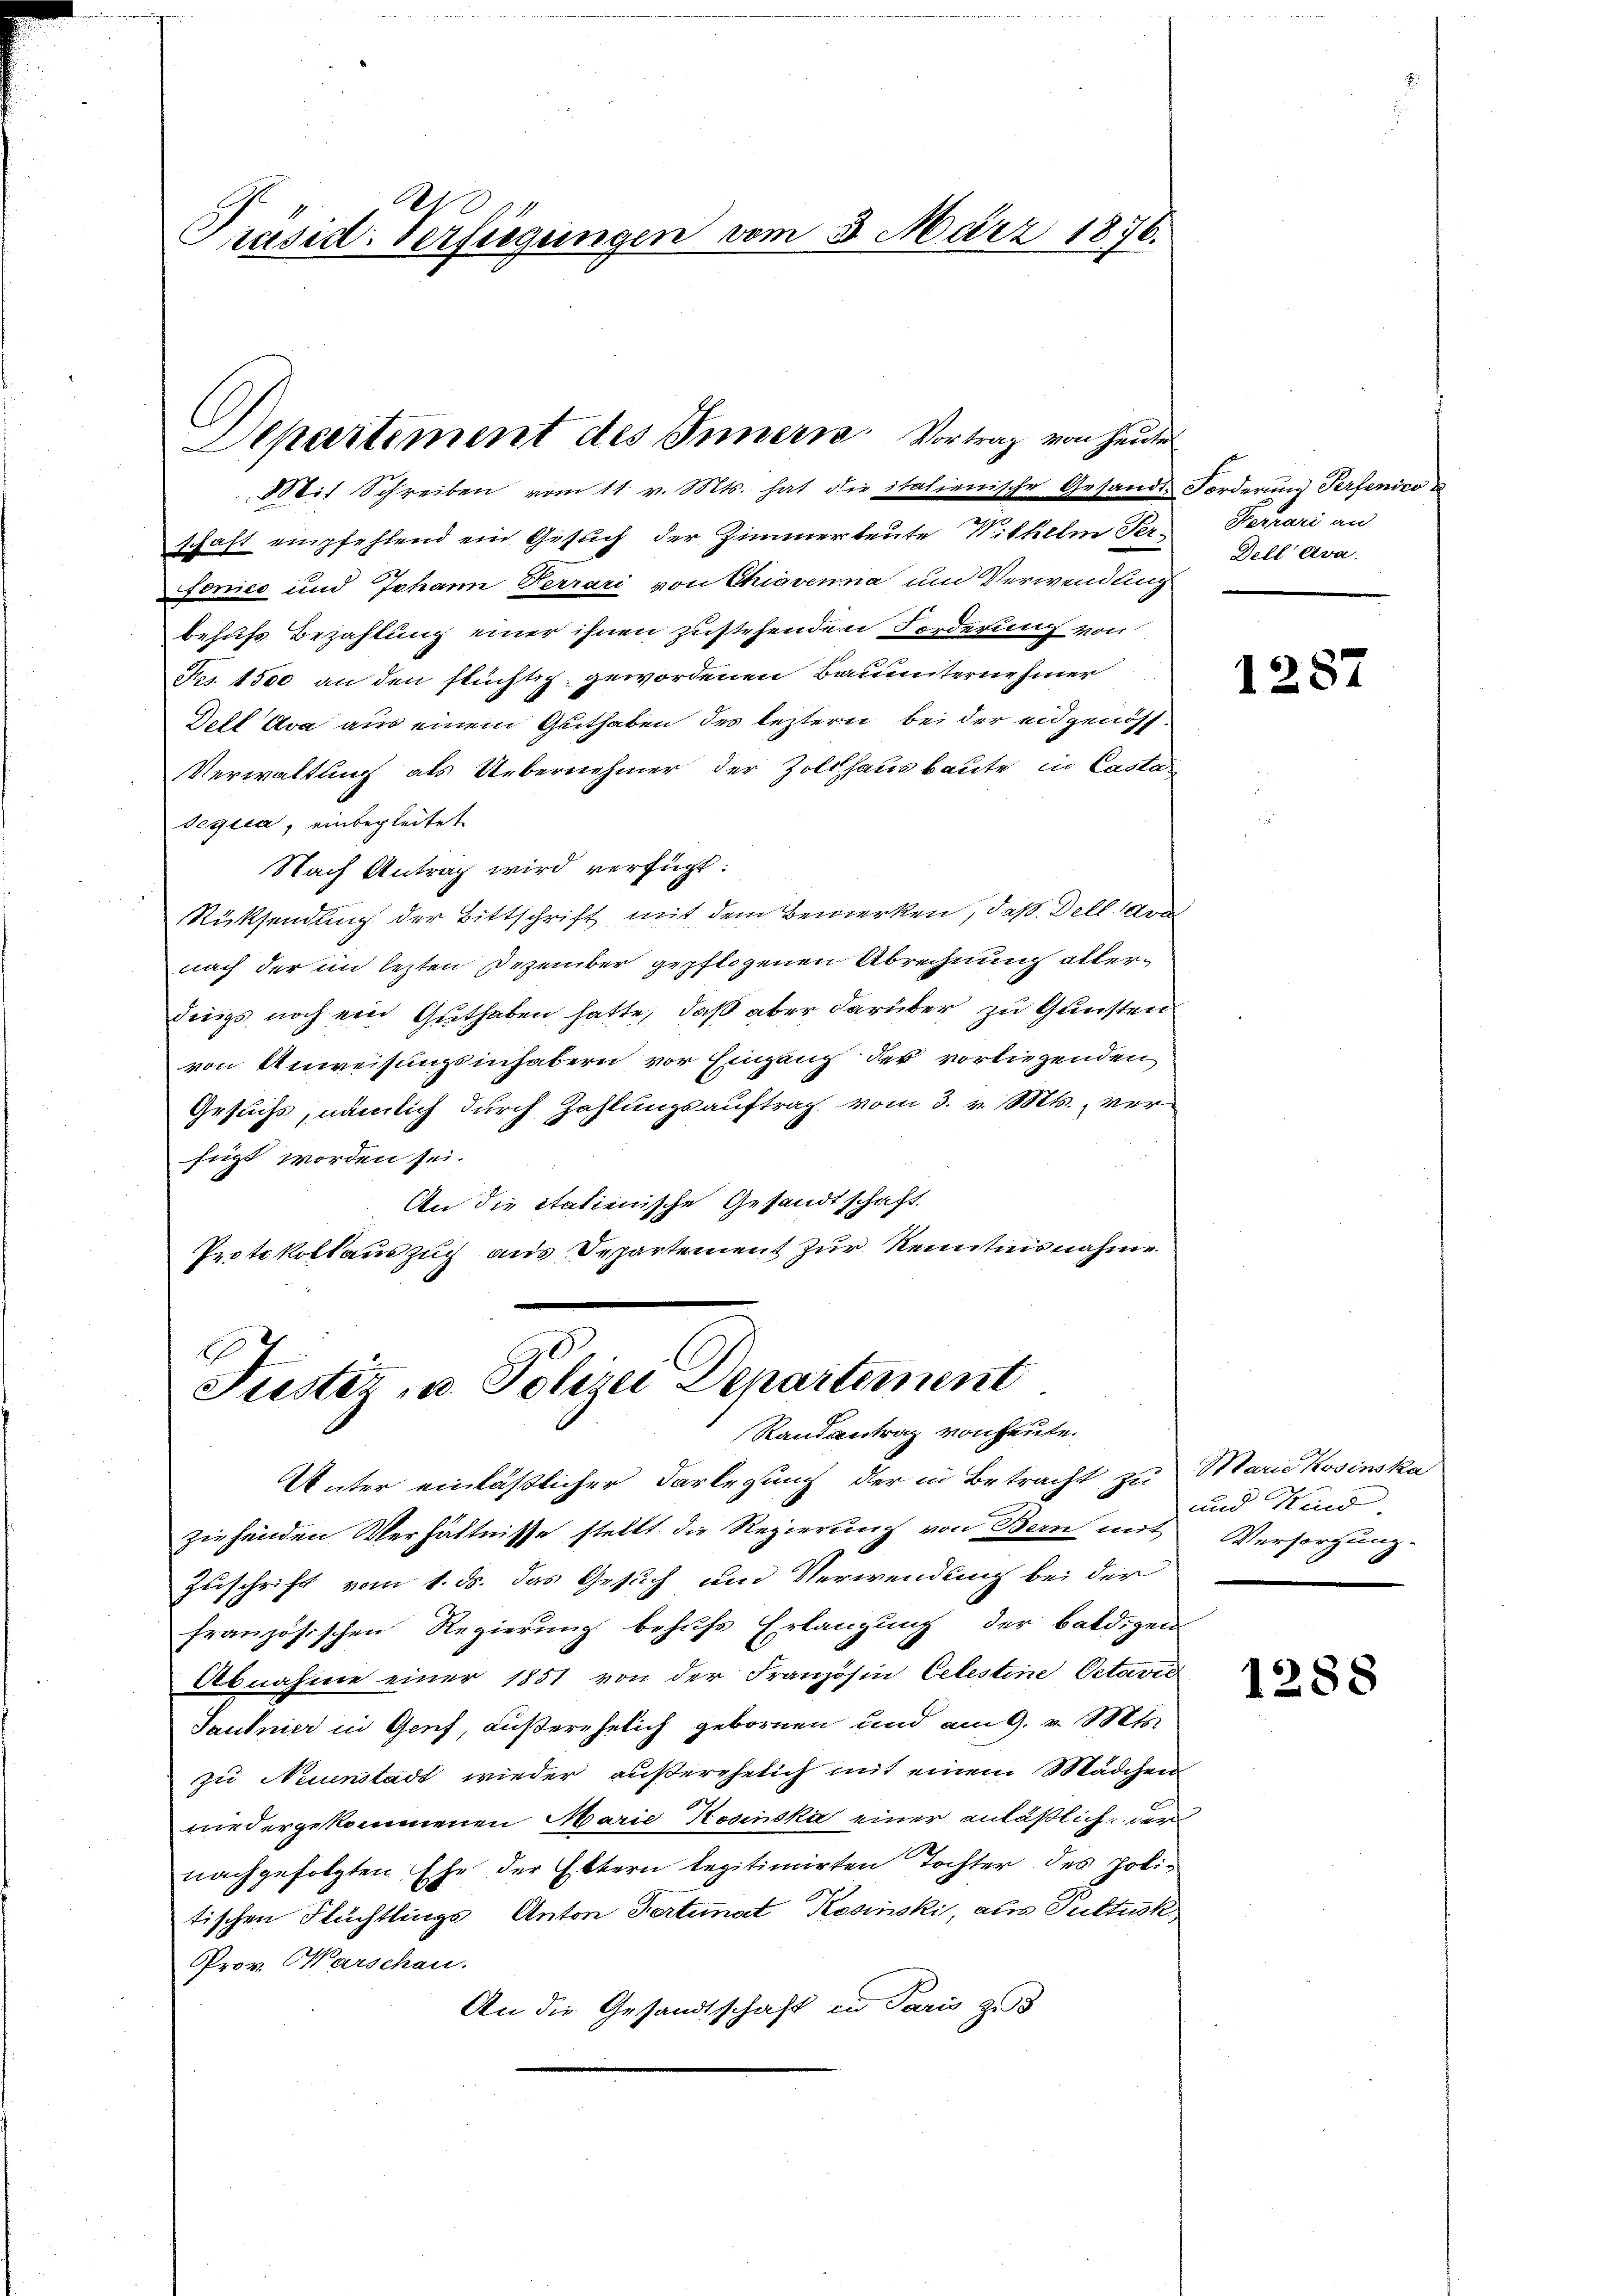
Präsid. Verfügungen vom 3. März 1876.

Departement des Innern. Vortrag von heute

E
Justiz, u. Polizei Departement
Rand antrag von heute.

Mit Schreiben vom 11. v. Mts. hat die italienische Gesandt-Forderung Perfenico
schaft empfehlend ein Gesuch der Zimmerleute Wilhelm Ter-Ferrari an
fonico und Johann Ferrari von Chiavenna um Verwendung
behufs Bezahlung einer ihnen zustehenden Forderung von
Frs. 1500 an den flüchtig gewordenen Bauunternehmer
Dell Ava aus einem Guthaben des leztern bei der eidgenöss
Verwaltung als Uebernehmer der Zollhausbaute in Casta¬
Segica, einbegleitet
Nach Antrag wird verfügt:
Rücksendung der Bittschrift mit dem Bemerken, daß Dell ava
nach der im lezten Dezember gepflogenen Abrechnung allerdings noch ein Guthaben hatte, daß aber darüber zu Gunsten
von Anweisungsinhabern vor Eingang der vorliegenden
Gesuchs, nämlich durch Zahlungsauftrag vom 3. v. Mts., verfügt worden sei.
An die italienische Gesandtschaft.
Protokollauszug aus Departement zur Kenntnisnahme

Dell Ava.

Unter einläßlicher Darlegung der in Betracht zu Marie Kosinska
ziehenden Verhältnisse stellt die Regierung von Bern mit Versorgung-
Zuschrift vom 1. ds. das Gesuch um Verwendung bei der
französischen Regierung behufs Erlangung der baldigen
Abnahme einer 1851 von der Französin Celestine Octavić
Saulnier in Genf, außerehelich gebornen und am 9. v. Mts.
zu Neuenstadt wieder außerehelich mit einem Mädchen
niedergekommenen Marie Kosinska einer anläßlich der
nachgefolgten Ehe der Eltern legitimirten Tochter des Politischen Flüchtlings Anton Fertiat Rosinski, aus Pultusk
Prov. Warschau.
An die Gesandtschaft in Paris zu

1287

und Kind

1288